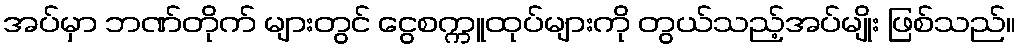
အပ်မှာ ဘဏ်တိုက် များတွင် ငွေစက္ကူထုပ်များကို တွယ်သည့်အပ်မျိုး ဖြစ်သည်။